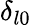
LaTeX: \delta_{l0}